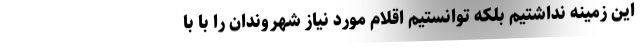
این زمینه نداشتیم بلکه توانستیم اقلام مورد نیاز شهروندان را با با